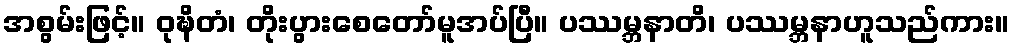
အစွမ်းဖြင့်။ ဝုဍ္ဎိတံ၊ တိုးပွားစေတော်မူအပ်ပြီ။ ပဿမ္ဘနာတိ၊ ပဿမ္ဘနာဟူသည်ကား။